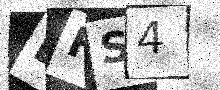
Text: DFS4